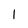
Character: I